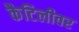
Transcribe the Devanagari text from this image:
कैटिलीवर